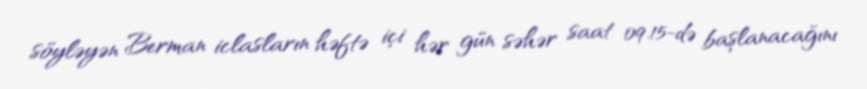
söyləyən Berman iclasların həftə içi hər gün səhər saat 09.15-də başlanacağını